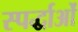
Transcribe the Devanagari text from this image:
स्पर्द्धाओं